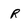
Character: R